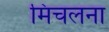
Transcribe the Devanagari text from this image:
मिचलना